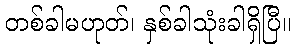
တစ်ခါမဟုတ်၊ နှစ်ခါသုံးခါရှိပြီ။